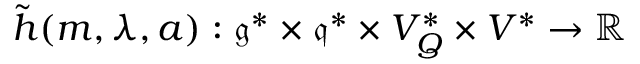
\tilde { h } ( m , \lambda , a ) : \mathfrak { g } ^ { * } \times \mathfrak { q } ^ { * } \times V _ { Q } ^ { * } \times V ^ { * } \rightarrow \mathbb { R }